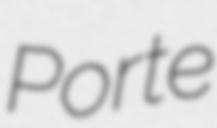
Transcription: Porte